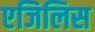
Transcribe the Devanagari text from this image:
एजिलिस